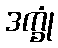
ဒက္ခုံ